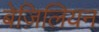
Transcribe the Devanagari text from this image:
बेज़िलियन